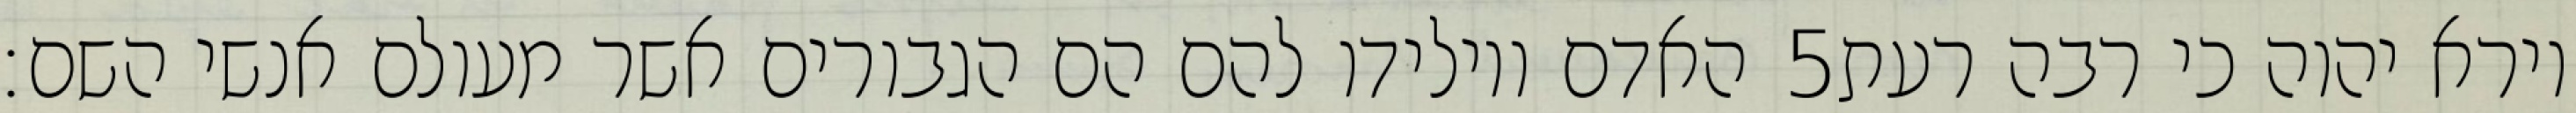
האדם ויולידו להם הם הגבורים אשר מעולם אנשי השם׃ ‎5‏ וירא יהוה כי רבה רעת